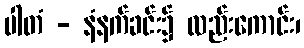
ပါတံ - နံနက်ခင်း၌ လည်းကောင်း၊